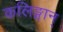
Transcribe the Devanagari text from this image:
कलिङ्गान्‌